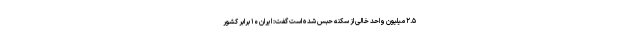
۲.۵ میلیون واحد خالی از سکنه حبس شده است گفت: ایران ۱۰ برابر کشور